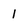
Character: 1